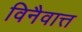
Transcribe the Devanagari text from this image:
विनैवात्त